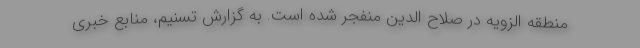
منطقه الزویه در صلاح الدین منفجر شده است. به گزارش تسنیم، منابع خبری